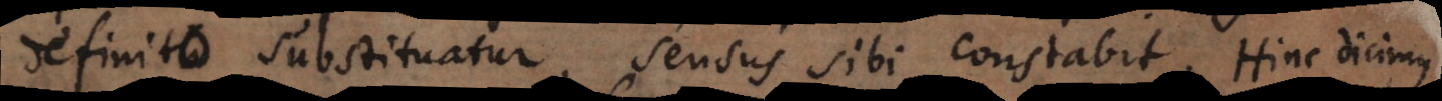
definito substituatur, sensus sibi constabit. Hinc dicimus